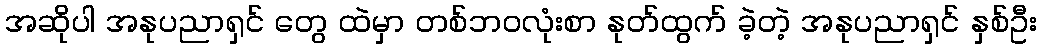
အဆိုပါ အနုပညာရှင် တွေ ထဲမှာ တစ်ဘဝလုံးစာ နုတ်ထွက် ခဲ့တဲ့ အနုပညာရှင် နှစ်ဦး